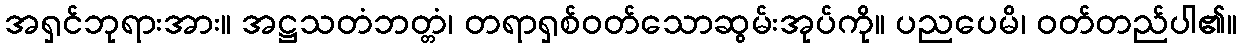
အရှင်ဘုရားအား။ အဋ္ဌသတံဘတ္တံ၊ တရာရှစ်ဝတ်သောဆွမ်းအုပ်ကို။ ပညပေမိ၊ ဝတ်တည်ပါ၏။